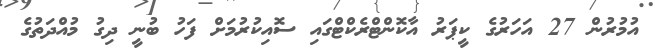
އުމުރުން 27 އަހަރުގެ ކީޕަރު އާކޮންޓްރެކްޓްގައި ސޮއިކުރުމަށް ފަހު ބުނީ ދިގު މުއްދަތުގެ